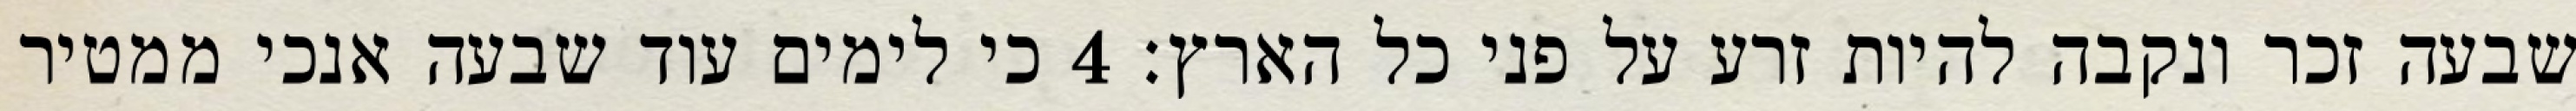
שבעה זכר ונקבה להיות זרע על פני כל הארץ׃ ‎4‏ כי לימים עוד שבעה אנכי ממטיר